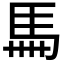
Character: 𩡧